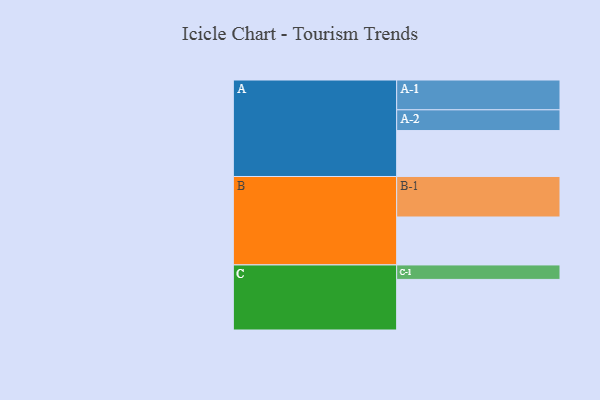
{"axis": {"x": "Segment", "y": "Value"}, "legend": ["", "A", "B", "C"], "data": [{"x": "A", "y": 314, "type": ""}, {"x": "B", "y": 328, "type": ""}, {"x": "C", "y": 346, "type": ""}, {"x": "A-1", "y": 204, "type": "A"}, {"x": "A-2", "y": 142, "type": "A"}, {"x": "B-1", "y": 277, "type": "B"}, {"x": "C-1", "y": 99, "type": "C"}]}